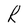
Character: R